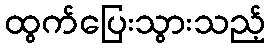
ထွက်ပြေးသွားသည့်